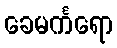
ခေမင်္ကရော